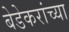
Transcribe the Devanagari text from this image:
बेडेकरांच्या